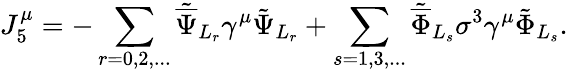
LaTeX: {J_{5}^{\mu}}=-\sum_{r=0,2,...}{\tilde{\overline{{\Psi}}}}_{L_{r}}\gamma^{\mu}\tilde{\Psi}_{L_{r}}+\sum_{s=1,3,...}{\tilde{\overline{{\Phi}}}}_{L_{s}}\sigma^{3}\gamma^{\mu}\tilde{\Phi}_{L_{s}}.